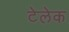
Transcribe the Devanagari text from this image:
टेलेक